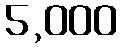
5,000